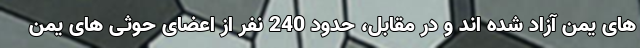
های یمن آزاد شده اند و در مقابل، حدود 240 نفر از اعضای حوثی های یمن